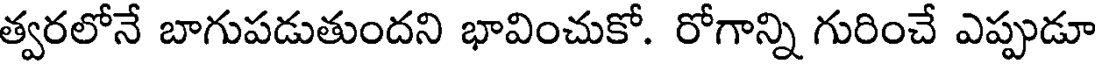
త్వరలోనే బాగుపడుతుందని భావించుకో. రోగాన్ని గురించే ఎప్పుడూ